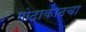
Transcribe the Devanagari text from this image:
गोदाकाठचा